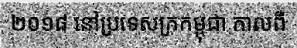
២០១៨ នៅប្រទេសក្រកម្ពុជា កាលពី